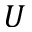
U